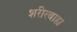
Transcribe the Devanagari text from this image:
शरीरबाह्य